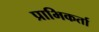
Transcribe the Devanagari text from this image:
प्राभिकर्ता